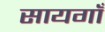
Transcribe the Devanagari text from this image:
सायगाँ